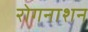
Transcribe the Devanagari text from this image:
रोगनाशन